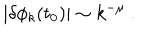
\vert \delta \phi _ { k } ( t _ { 0 } ) \vert \sim k ^ { - \mu } \ .